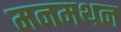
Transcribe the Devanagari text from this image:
मनमथन